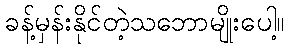
ခန့်မှန်းနိုင်တဲ့သဘောမျိုးပေါ့။